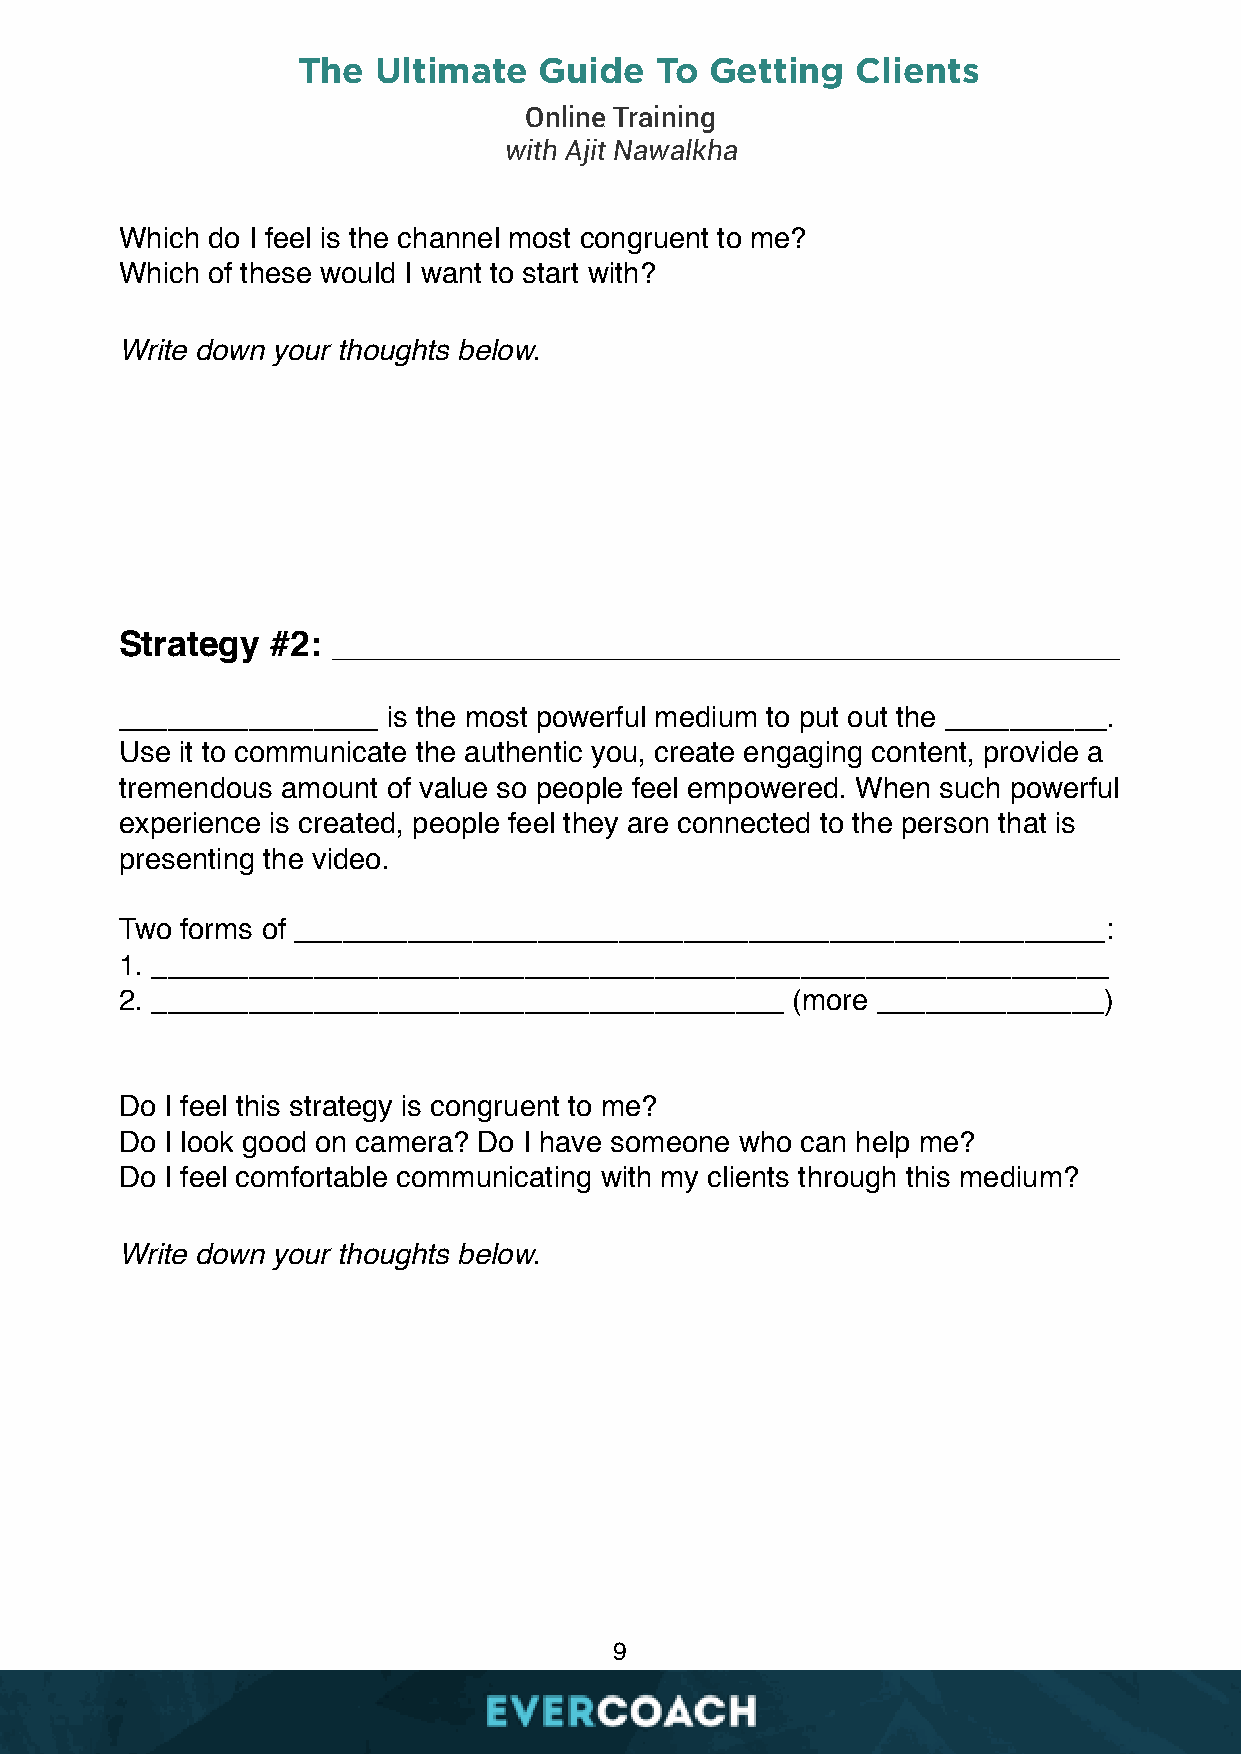
The  Ultimate   Guide  To  Getting   Clients
 Online Training
 with Ajit Nawalkha
 Which do I feel is the channel most congruent to me?
 Which of these would I want to start with?
 Write down your thoughts below.
 Strategy  #2: ________________________________________
 ________________  is the most powerful medium to put out the __________.
 Use it to communicate the authentic you, create engaging content, provide a
 tremendous amount of value so people feel empowered. When such powerful
 experience is created, people feel they are connected to the person that is
 presenting the video.
 Two forms of __________________________________________________:
 1. ___________________________________________________________
 2. _______________________________________  (more ______________)
 Do I feel this strategy is congruent to me?
 Do I look good on camera? Do I have someone who can help me?
 Do I feel comfortable communicating with my clients through this medium?
 Write down your thoughts below.
 9